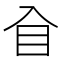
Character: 𥃮